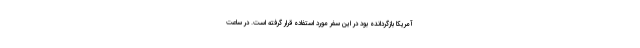
آمریکا بازگردانده بود در این سفر مورد استفاده قرار گرفته است. در ساعت